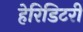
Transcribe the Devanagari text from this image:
हेरिडिटरी